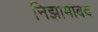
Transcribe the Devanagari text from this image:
निझामाबद